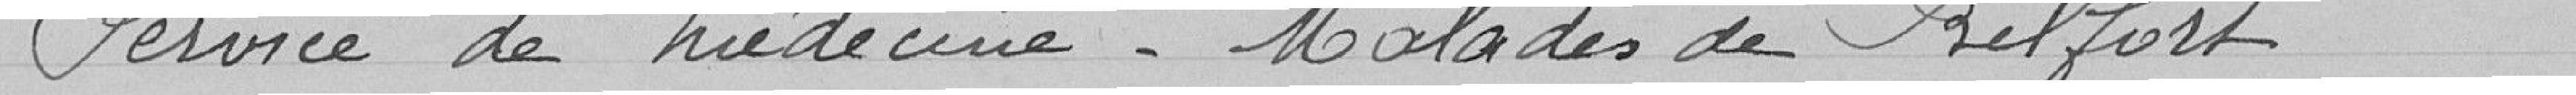
Service de médecine. malades de Belfort